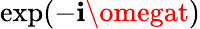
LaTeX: \exp(-\mathbf{i}\omegat)